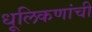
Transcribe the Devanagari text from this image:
धूलिकणांची